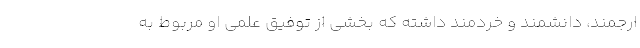
ارجمند، دانشمند و خردمند داشته که بخشی از توفیق علمی او مربوط به